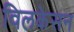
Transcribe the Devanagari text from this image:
विलकेसन